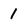
Character: 1